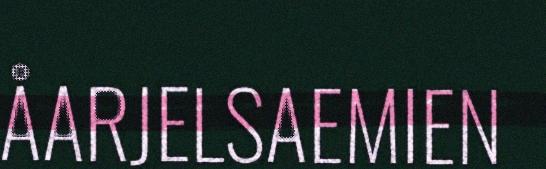
ÅARJELSAEMIEN